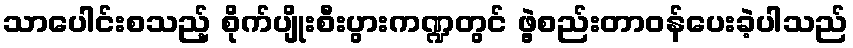
သာပေါင်းစသည့် စိုက်ပျိုးစီးပွားကဏ္ဍတွင် ဖွဲ့စည်းတာဝန်ပေးခဲ့ပါသည်